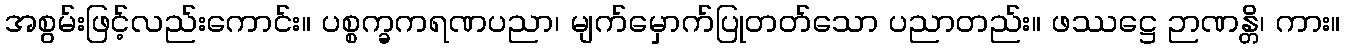
အစွမ်းဖြင့်လည်းကောင်း။ ပစ္စက္ခကရဏပညာ၊ မျက်မှောက်ပြုတတ်သော ပညာတည်း။ ဖဿဋ္ဌေ ဉာဏန္တိ၊ ကား။